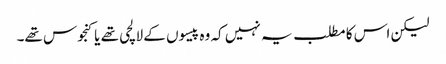
لیکن اس کا مطلب یہ نہیں کہ وہ پیسوں کے لالچی تھے یا کنجوس تھے۔